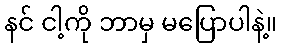
နင် ငါ့ကို ဘာမှ မပြောပါနဲ့။